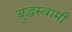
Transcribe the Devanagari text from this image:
बुद्धस्वामी